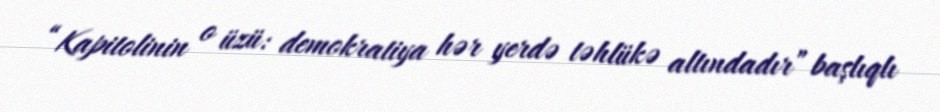
“Kapitolinin o üzü: demokratiya hər yerdə təhlükə altındadır” başlıqlı